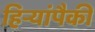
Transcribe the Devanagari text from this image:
हिर्‍यांपैकी